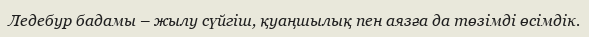
Ледебур бадамы – жылу сүйгіш, қуаңшылық пен аязға да төзімді өсімдік.